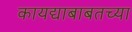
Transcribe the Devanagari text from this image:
कायद्याबाबतच्या